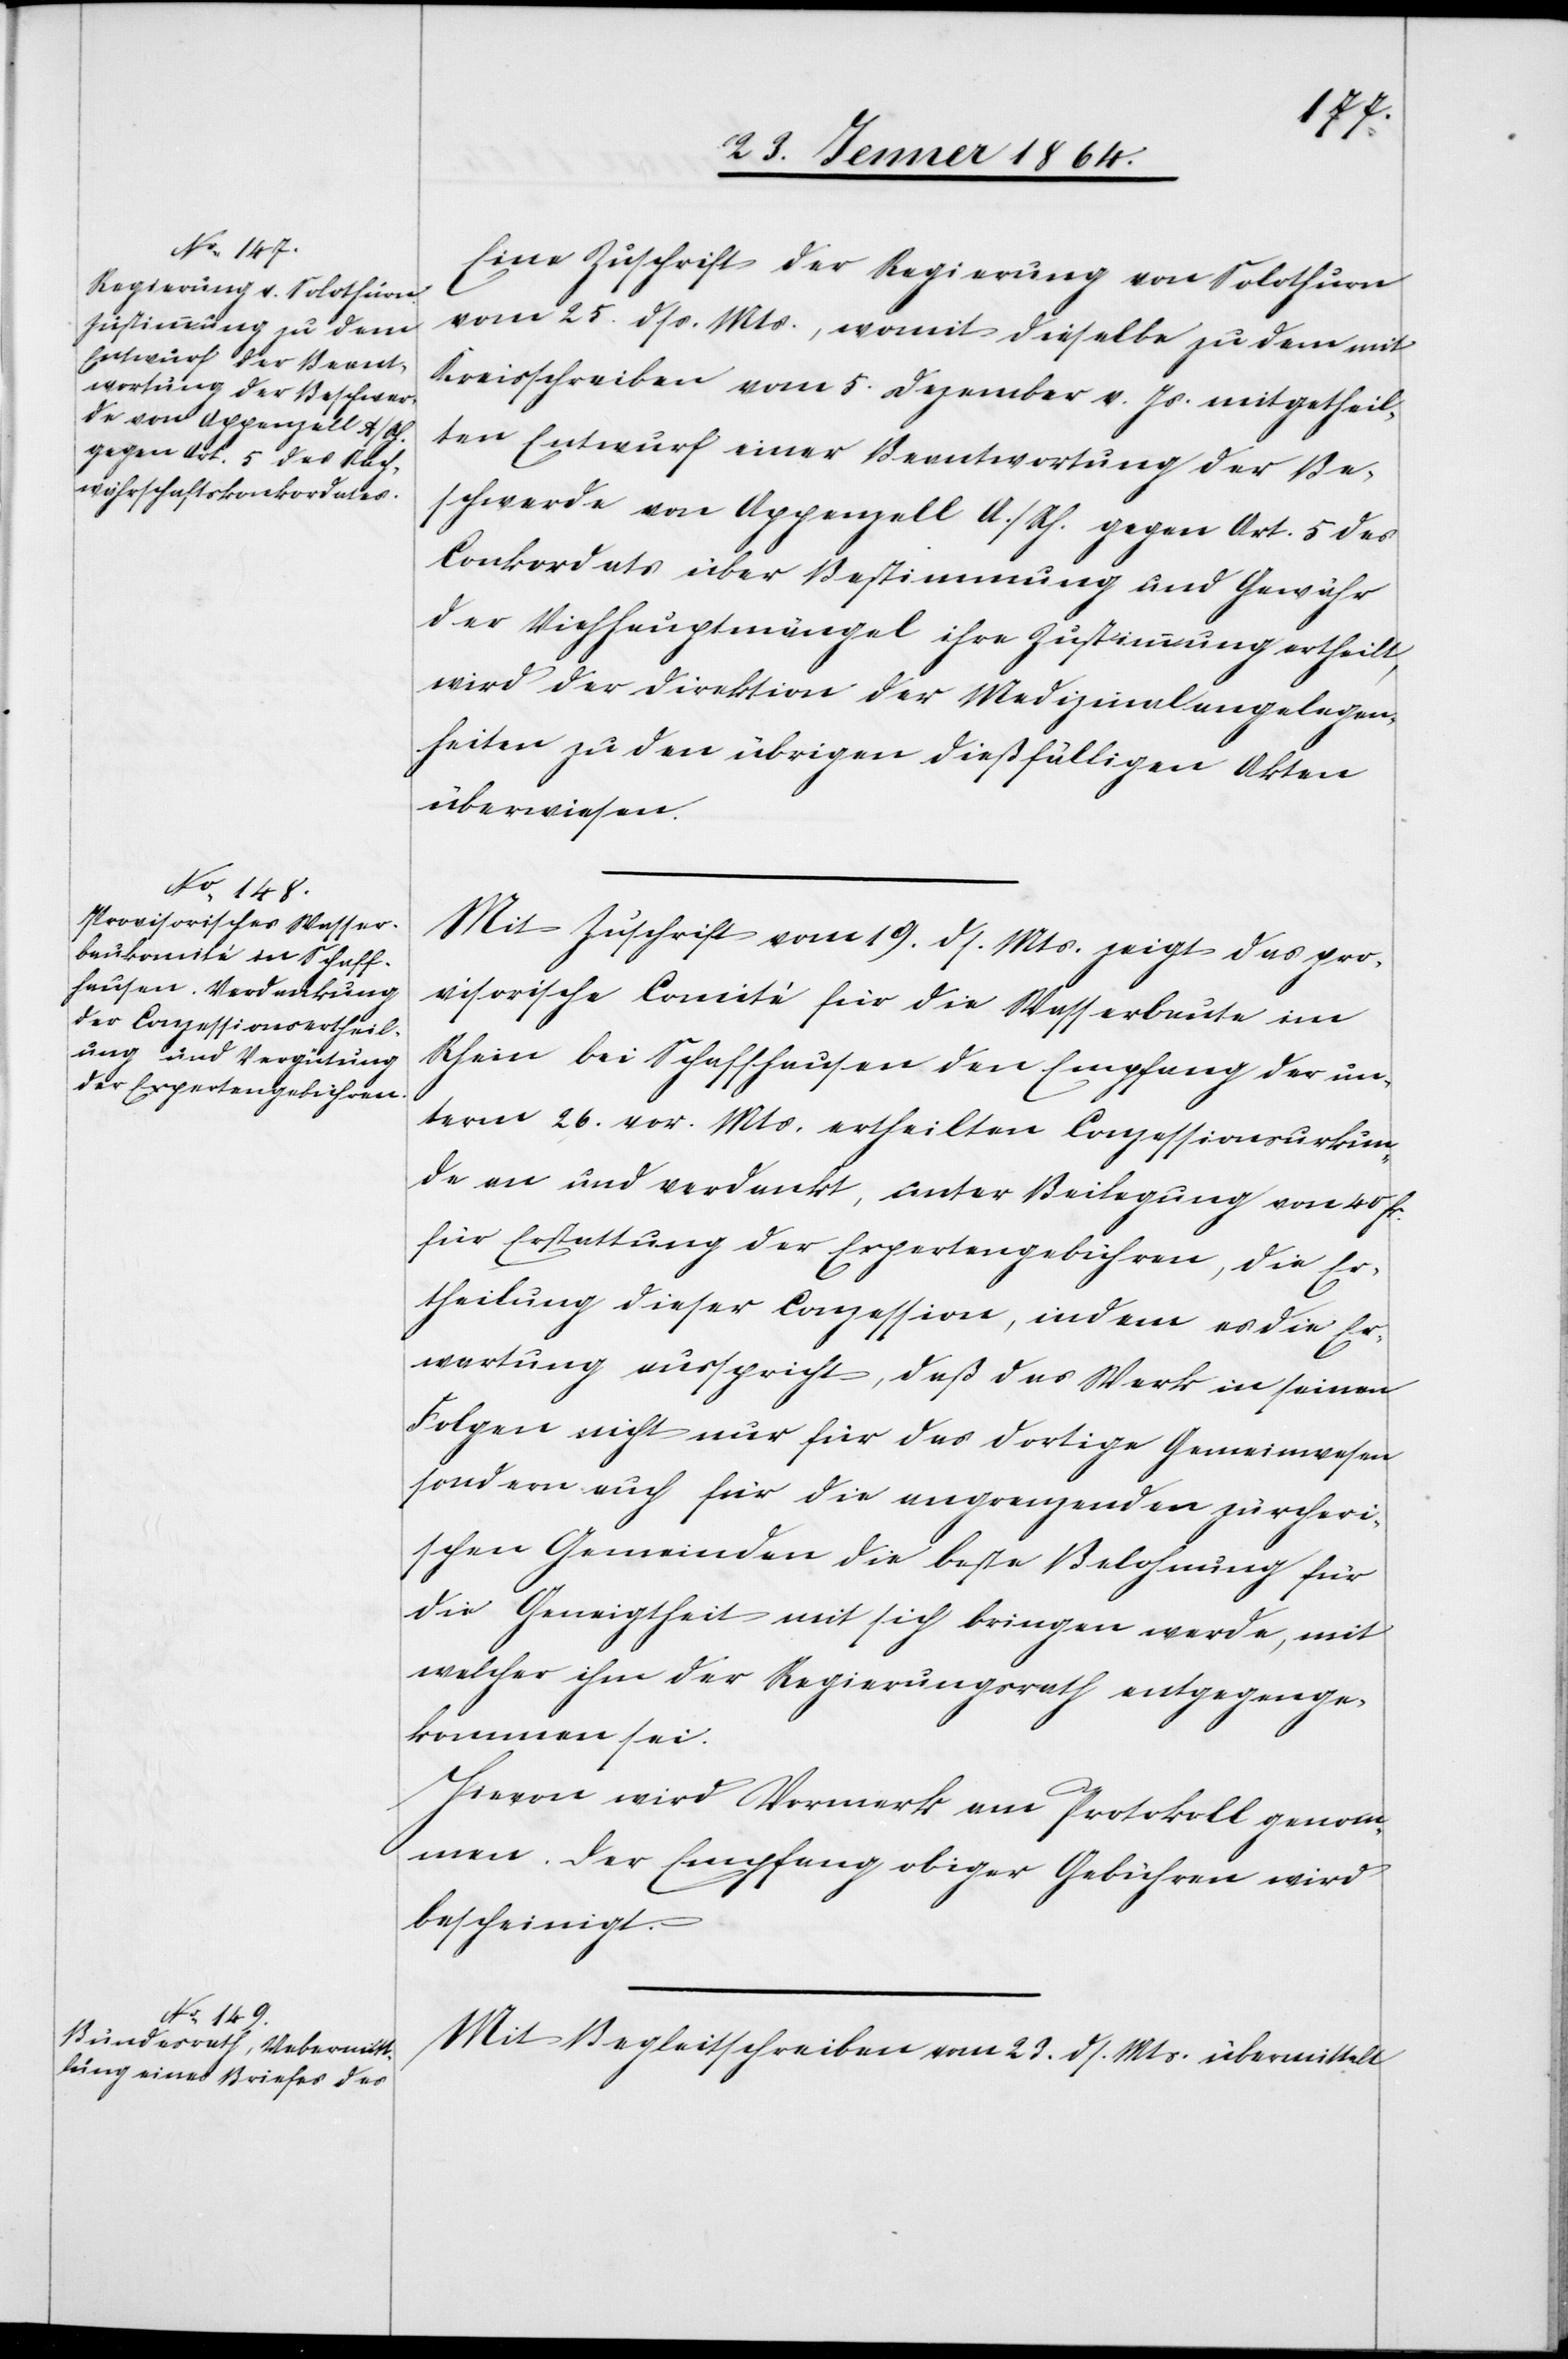
28. Jenner 1864.]
Eine Zuschrift der Regierung von Solothurn
vom 25. dss. Mts, womit dieselbe zu dem mit
Kreisschreiben vom 5. Dezember v. Js. mitgetheil¬
ten Entwurf einer Beantwortung der Be¬
schwerde von Appenzell A./Rh. gegen Art. 5 des
Conkordats über Bestimmung und Gewähr
der Viehhauptmängel ihre Zustimmung ertheilt,
wird der Direktion der Medizinalangelegen¬
heiten zu den übrigen dießfälligen Akten
überwiesen.
Mit Zuschrift vom 19. ds. Mts. zeigt das pro¬
visorische Comité für die Wasserbaute im
Rhein bei Schaffhausen den Empfang der un¬
term 26. vor. Mts ertheilten Conzessionsurkun¬
de an und verdankt, unter Beilegung von 40 fr.
für Erstattung der Expertengebühren, die Er¬
theilung dieser Conzession, indem es die Er¬
wartung ausspricht, daß das Werk in seinen
Folgen nicht nur für das dortige Gemeinwesen
sondern auch für die angrenzenden zürcheri¬
schen Gemeinden die beste Belohnung für
die Geneigtheit mit sich bringen werde, mit
welcher ihm der Regierungsrath entgegenge¬
kommen sei.
Hievon wird Vermerk am Protokoll genom¬
men. Der Empfang obiger Gebühren wird
bescheinigt.
Mit Begleitschreiben vom 23. ds. Mts. übermittelt